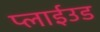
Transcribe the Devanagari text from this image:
प्लाईउड